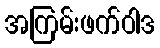
အကြမ်းဖက်ဝါဒ